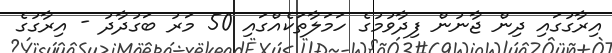
އިރާގުގައި ދިން ޖާނުން ފިދާވުމުގެ ހަމަލާތަކެއްގައި 50 މަރު ބަގުދާދު - އިރާގުގެ